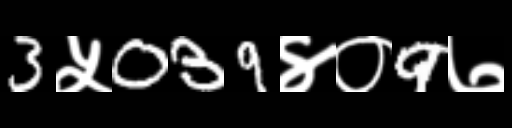
Text: 3५039४०9७